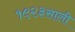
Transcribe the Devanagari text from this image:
१९२३साली